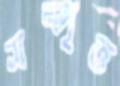
সম্পৃত্ত